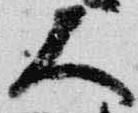
大